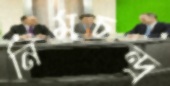
নিমচন্দ্র